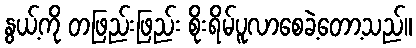
နွယ့်ကို တဖြည်းဖြည်း စိုးရိမ်ပူလာစေခဲ့တော့သည်။